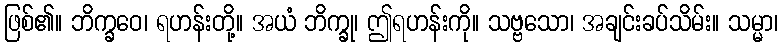
ဖြစ်၏။ ဘိက္ခဝေ၊ ရဟန်းတို့။ အယံ ဘိက္ခု၊ ဤရဟန်းကို။ သဗ္ဗသော၊ အချင်းခပ်သိမ်း။ သမ္မာ၊